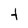
Character: t